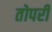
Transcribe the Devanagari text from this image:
तोपरी